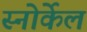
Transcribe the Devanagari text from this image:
स्नोर्केल